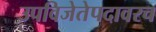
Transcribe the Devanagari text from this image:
उपविजेतेपदावरच